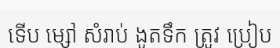
ទើប ម្សៅ សំរាប់ ងូតទឹក ត្រូវ ប្រៀប